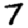
Digit: 7